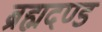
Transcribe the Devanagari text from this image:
ब्रह्मदण्ड